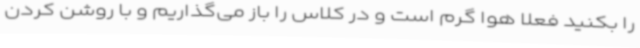
را بکنید فعلاً هوا گرم است و در کلاس را باز می‌گذاریم و با روشن کردن